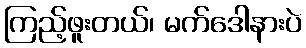
ကြည့်ဖူးတယ်၊ မက်ဒေါနားပဲ